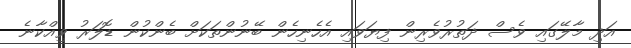
އަދި މާލޭގައި ވެސް ދަތުރުވެރިން ފިޔަވައި އެހެނިހެން ބޭނުންތަކަށް ބެންކުން ޑޮލަރު ވިއްކާނެ